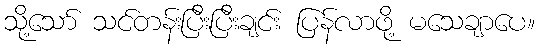
သို့သော် သင်တန်းပြီးပြီးချင်း ပြန်လာဖို့ မသေချာပေ။